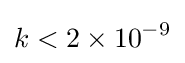
k<2\times 10^{-9}